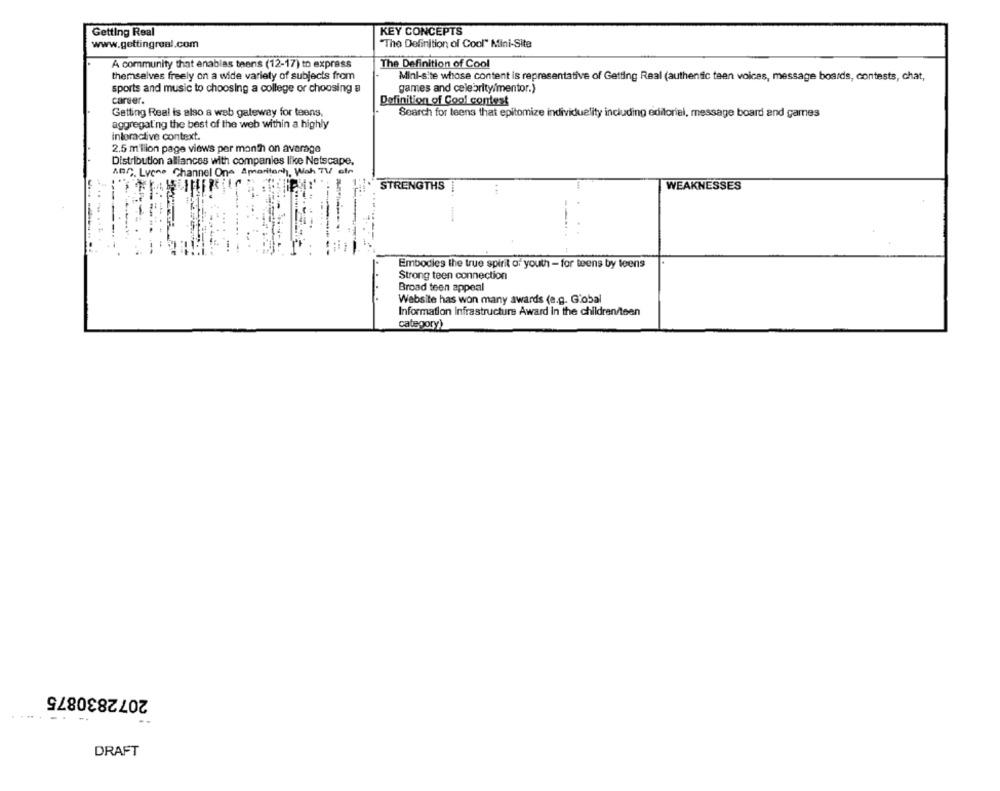
Getting Real
KEY CONCEPTS
www.gettingreal.com
"The Definition of Cool" Mini-Site
A community that enables teens (12-17) to express
The Definition of Cool
themselves freely on a wide variety of subjects from
Mini-site whose content is representative of Getting Real (authentic teen voices, message boards, contests, chat,
sports and music to choosing a college or choosing a
games and celebrity/mentor.)
career.
Definition of Cool contest
Getting Real is also a web gateway for teens.
Search for teens that epitomize individuality including editorial, message board and games
aggregating the best of the web within a highly
inloractive context.
2.5 million page views per month on average
Distribution alliances with companies like Netscape.
ABC. Lyone Channel One Amaritant, Wah TV ath
STRENGTHS
WEAKNESSES
Embodies the true spirit of youth - for teens by teens
Strong teen connection
Broad teen appeal
Website has won many awards (e.g. G'obal
Information Infrastructure Award In the children/teen
category)
2072830875
DRAFT